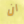
ان